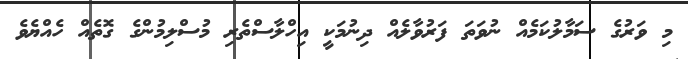
މި ވަރުގެ ސަމާލުކަމެއް ނުވަތަ ފަރުވާލެއް ދިނުމަކީ އިހްލާސްތެރި މުސްލިމުންގެ ގޮތެއް ހެއްޔެވެ